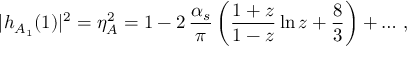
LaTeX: | h _ { A _ { 1 } } ( 1 ) | ^ { 2 } = \eta _ { A } ^ { 2 } = 1 - 2 \, { \frac { \alpha _ { s } } { \pi } } \, \bigg ( { \frac { 1 + z } { 1 - z } } \ln z + \frac 8 3 \bigg ) + \ldots \, ,